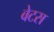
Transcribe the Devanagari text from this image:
वेटस